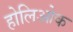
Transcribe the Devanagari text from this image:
होलिओक